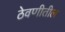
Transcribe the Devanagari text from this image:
ठेवणीतील